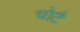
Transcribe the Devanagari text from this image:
चोटै